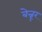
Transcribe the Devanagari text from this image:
बेन्नूर